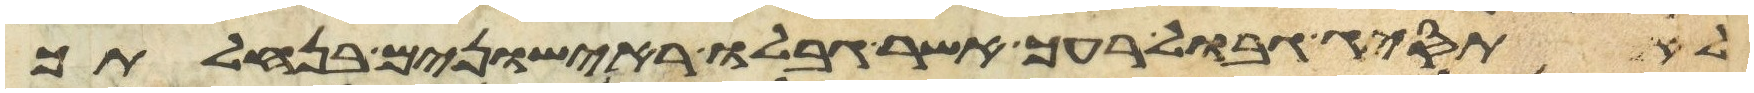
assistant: לא תסיג גבול רעך אשר גבלו ראישונים בנחלתך